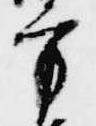
方